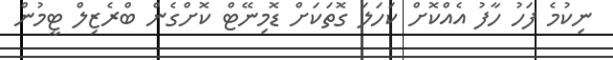
ނިކުމެ ފަހު ހާފު އެއްކޮށް ކަހަލަ ގޮތަކަށް ޑޮމިނޭޓް ކޮށްގެން ބްރެޒިލް ޓީމުން